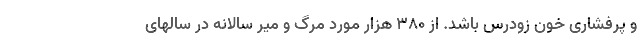
و پرفشاری خون زودرس باشد. از 380 هزار مورد مرگ و میر سالانه در سالهای